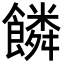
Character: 𩞻